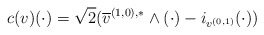
\begin{align*} c(v)(\cdot)=\sqrt{2}(\overline v^{(1,0),*}\wedge(\cdot)-i_{v^{(0,1)}}(\cdot))\end{align*}